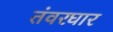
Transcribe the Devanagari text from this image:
तंवरघार